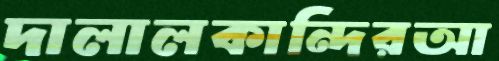
দালালকান্দিরআ